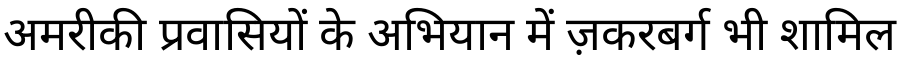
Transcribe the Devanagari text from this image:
अमरीकी प्रवासियों के अभियान में ज़करबर्ग भी शामिल